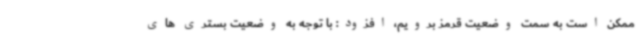
ممکن است به سمت وضعیت قرمز برویم، افزود: با توجه به وضعیت بستری های